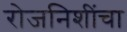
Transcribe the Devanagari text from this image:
रोजनिशींचा